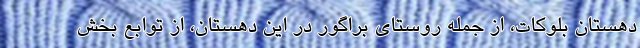
دهستان بلوکات، از جمله روستای براگور در این دهستان، از توابع بخش